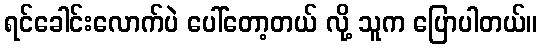
ရင်ခေါင်းလောက်ပဲ ပေါ်တော့တယ် လို့ သူက ပြောပါတယ်။